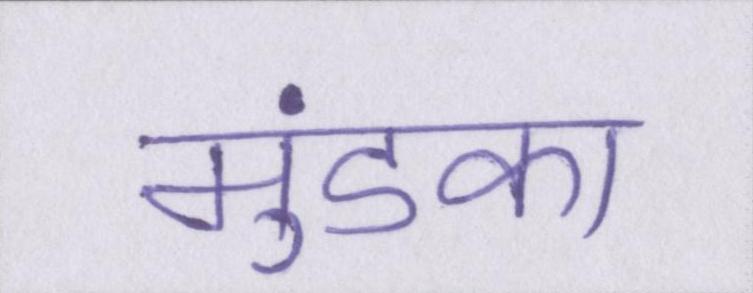
मुंडका